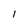
Character: I